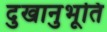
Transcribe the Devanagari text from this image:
दुखानुभूति